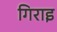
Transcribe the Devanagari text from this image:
गिराइ